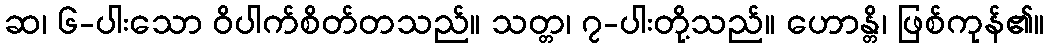
ဆ၊ ၆-ပါးသော ဝိပါက်စိတ်တသည်။ သတ္တ၊ ၇-ပါးတို့သည်။ ဟောန္တိ၊ ဖြစ်ကုန်၏။